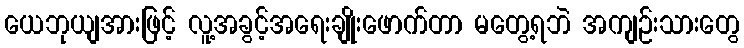
ယေဘုယျအားဖြင့် လူ့အခွင့်အရေးချိုးဖောက်တာ မတွေ့ရဘဲ အကျဉ်းသားတွေ